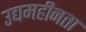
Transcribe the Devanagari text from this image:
उद्यमहीनता